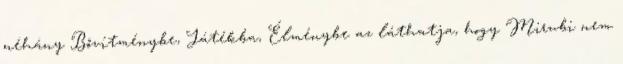
néhány Bővítménybe, Játékba, Élménybe az láthatja, hogy Mirubi nem